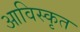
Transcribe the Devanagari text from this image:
आविस्कृत